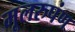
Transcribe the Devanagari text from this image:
मूलरुपंण